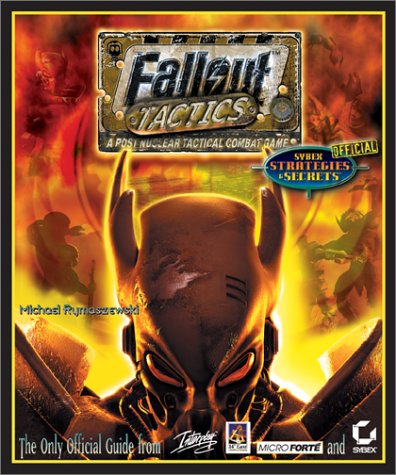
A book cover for Fallout Tactics:  Brotherhood of Steel: Sybex Official Strategies & Secrets; Michael Rymaszewski; Children's Books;